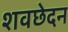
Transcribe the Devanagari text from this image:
शवछेदन